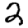
Digit: 2